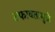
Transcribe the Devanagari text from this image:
तफावतामुळे